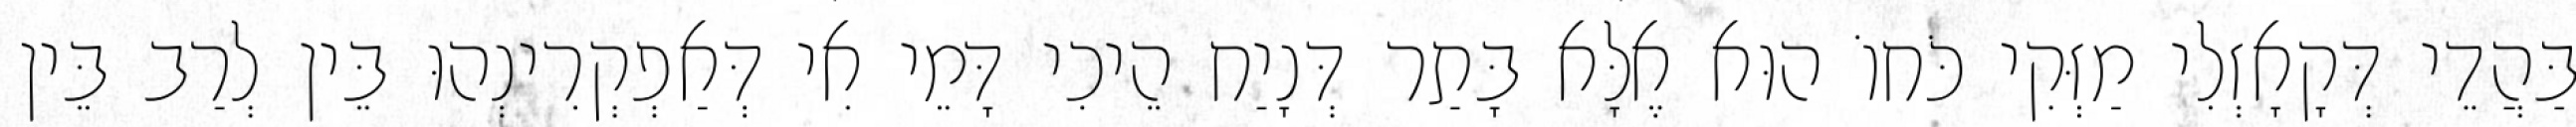
בַּהֲדֵי דְּקָאָזְלִי מַזְּקִי כֹּחוֹ הוּא אֶלָּא בָּתַר דְּנָיַח הֵיכִי דָּמֵי אִי דְּאַפְקְרִינְהוּ בֵּין לְרַב בֵּין